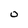
Character: O